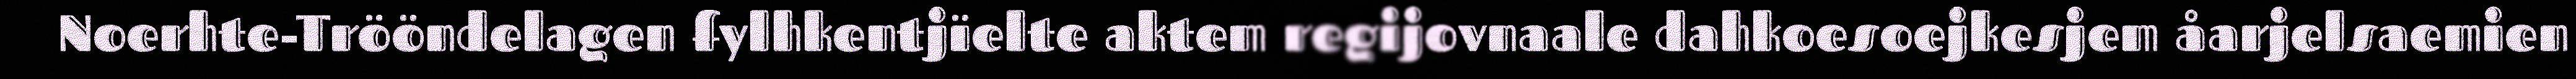
Noerhte-Trööndelagen fylhkentjïelte aktem regijovnaale dahkoesoejkesjem åarjelsaemien